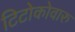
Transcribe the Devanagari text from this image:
टिटोकोवारु